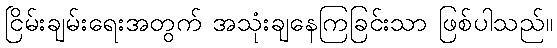
ငြိမ်းချမ်းရေးအတွက် အသုံးချနေကြခြင်းသာ ဖြစ်ပါသည်။